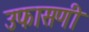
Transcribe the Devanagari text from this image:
उफासणी